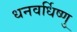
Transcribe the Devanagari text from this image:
धनवर्धिष्णु